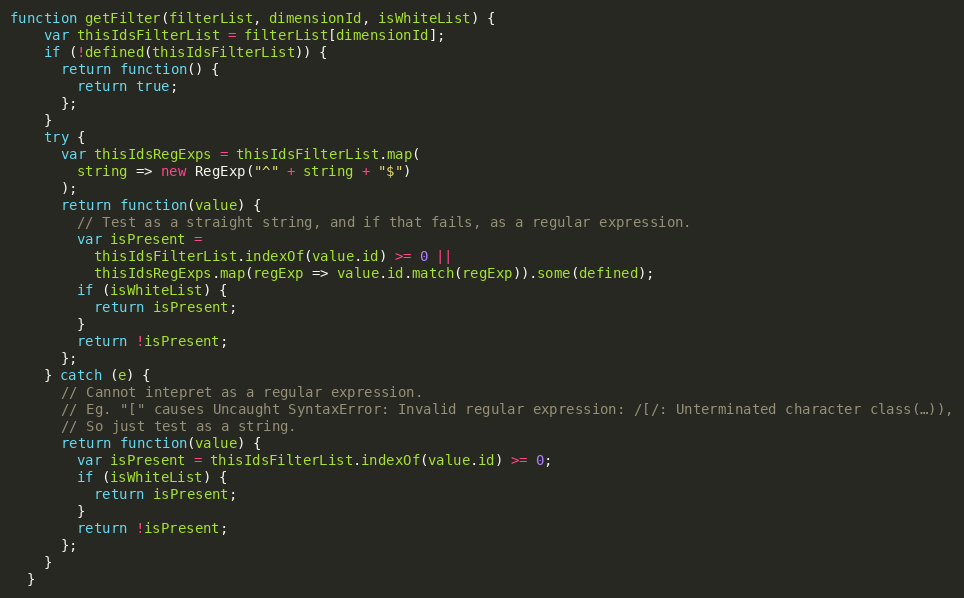
Language: JavaScript
function getFilter(filterList, dimensionId, isWhiteList) {
    var thisIdsFilterList = filterList[dimensionId];
    if (!defined(thisIdsFilterList)) {
      return function() {
        return true;
      };
    }
    try {
      var thisIdsRegExps = thisIdsFilterList.map(
        string => new RegExp("^" + string + "$")
      );
      return function(value) {
        // Test as a straight string, and if that fails, as a regular expression.
        var isPresent =
          thisIdsFilterList.indexOf(value.id) >= 0 ||
          thisIdsRegExps.map(regExp => value.id.match(regExp)).some(defined);
        if (isWhiteList) {
          return isPresent;
        }
        return !isPresent;
      };
    } catch (e) {
      // Cannot intepret as a regular expression.
      // Eg. "[" causes Uncaught SyntaxError: Invalid regular expression: /[/: Unterminated character class(…)),
      // So just test as a string.
      return function(value) {
        var isPresent = thisIdsFilterList.indexOf(value.id) >= 0;
        if (isWhiteList) {
          return isPresent;
        }
        return !isPresent;
      };
    }
  }